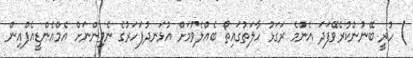
) ހުރީ ބޭނުންކުރެވޭފަދަ އެންމެ ރަގަޅު ހާލަތުގައިތޯ ބެއްލެވުމަށް އުޅަނދުފަހަރުގެ ނެވިންނަށް އެމްއެންޑީއެފްއިން